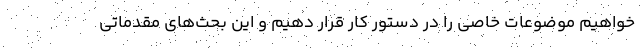
‌خواهیم موضوعات خاصی را در دستور کار قرار دهیم و این بحث‌های مقدماتی